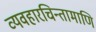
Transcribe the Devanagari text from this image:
व्यवहारचिन्तामाणि